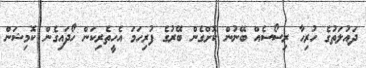
ދައުލަތުގެ ހުރިހާ ރިސޯސެއް ބޭނުން ކޮށްގެން ބޭރުގެ ފުރިހަމަ އެހީތެރިކަން ހޯދައިގެން ކޮމިޝަން